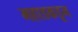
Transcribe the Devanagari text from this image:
महाडकडून